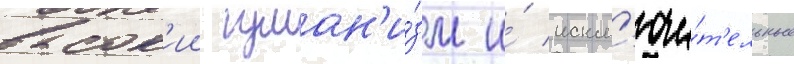
высок'ии гуман'и́зм и́ искл'ючи́т'ельные